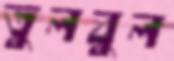
তুলবুল